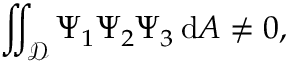
\iint _ { \mathcal { D } } \Psi _ { 1 } \Psi _ { 2 } \Psi _ { 3 } \, \mathrm { d } A \neq 0 ,